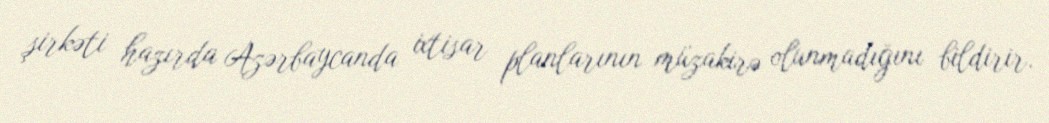
şirkəti hazırda Azərbaycanda ixtisar planlarının müzakirə olunmadığını bildirir.